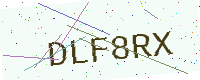
Text: DLF8RX